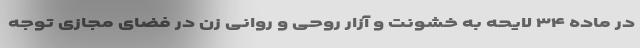
در ماده ۳۴ لایحه به خشونت و آزار روحی و روانی زن در فضای مجازی توجه